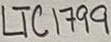
Text: LTC1799